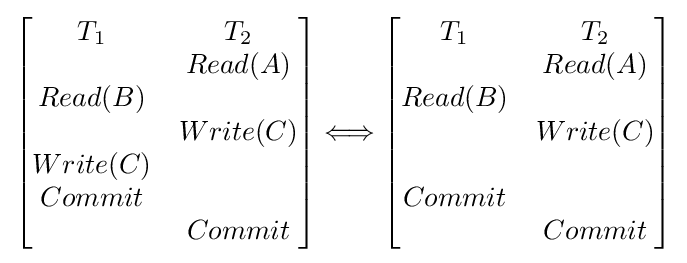
{\begin{bmatrix}T_{1}&T_{2}\\&Read(A)\\Read(B)&\\&Write(C)\\Write(C)&\\Commit&\\&Commit\end{bmatrix}}\Longleftrightarrow {\begin{bmatrix}T_{1}&T_{2}\\&Read(A)\\Read(B)&\\&Write(C)\\&\\Commit&\\&Commit\\\end{bmatrix}}